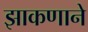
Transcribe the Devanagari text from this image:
झाकणाने